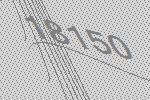
18150